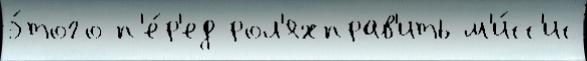
э́того п'е́р'ед рол'яхправ'ить м'и́сс'ис